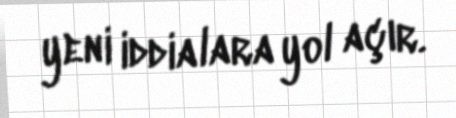
yeni iddialara yol açır.